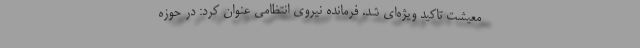
معیشت تاکید ویژه‌ای شد. فرمانده نیروی انتظامی عنوان کرد: در حوزه